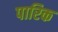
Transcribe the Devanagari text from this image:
पारिक